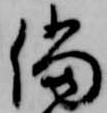
儅